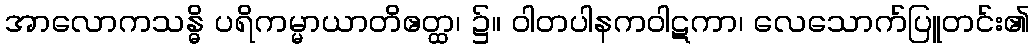
အာလောကသန္ဓိ ပရိကမ္မာယာတိဧတ္ထ၊ ၌။ ဝါတပါနကဝါဋကာ၊ လေသောက်ပြူတင်း၏